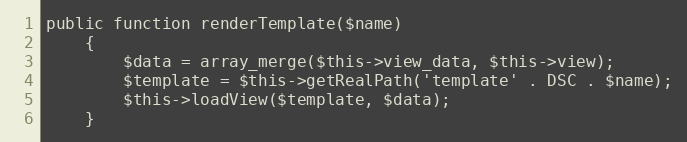
Language: PHP
public function renderTemplate($name)
    {
        $data = array_merge($this->view_data, $this->view);
        $template = $this->getRealPath('template' . DSC . $name);
        $this->loadView($template, $data);
    }